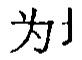
为1 （不太明确你所说的以标准LATEX格式识别的要求，如果只是单纯文字识别是这样，若有其他含义请补充说明）